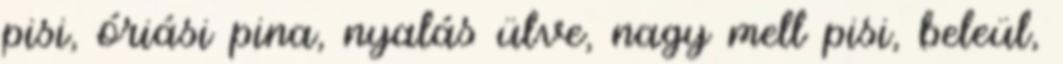
pisi, óriási pina, nyalás ülve, nagy mell pisi, beleül,